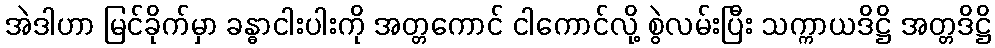
အဲဒါဟာ မြင်ခိုက်မှာ ခန္ဓာငါးပါးကို အတ္တကောင် ငါကောင်လို့ စွဲလမ်းပြီး သက္ကာယဒိဋ္ဌိ အတ္တဒိဋ္ဌိ